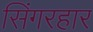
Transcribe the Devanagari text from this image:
सिंगरहार